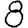
Digit: 8